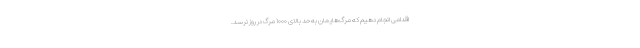
اقدامی انجام دهیم که مرگ‌هایمان به حد بالای ۱۰۰۰ مرگ در روز نرسد.